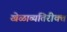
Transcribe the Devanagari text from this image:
खेळाव्यतिरीक्त